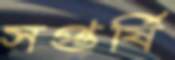
সপ্তর্ষি